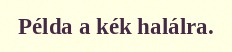
Példa a kék halálra.